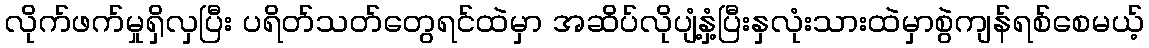
လိုက်ဖက်မှုရှိလှပြီး ပရိတ်သတ်တွေရင်ထဲမှာ အဆိပ်လိုပျံ့နှံ့ပြီးနှလုံးသားထဲမှာစွဲကျန်ရစ်စေမယ့်